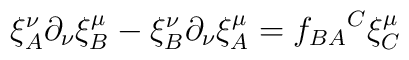
\xi_A^\nu \partial_\nu\xi_B^\mu-\xi_B^\nu \partial_\nu\xi_A^\mu={f_{BA}}^C\xi_C^\mu